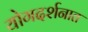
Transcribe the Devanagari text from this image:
योगदर्शनात